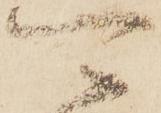
可